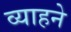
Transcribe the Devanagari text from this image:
व्याहने